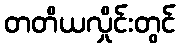
တတိယလှိုင်းတွင်